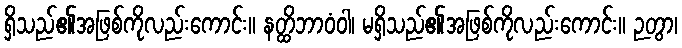
ရှိသည်၏အဖြစ်ကိုလည်းကောင်း။ နတ္ထိဘာဝံဝါ၊ မရှိသည်၏အဖြစ်ကိုလည်းကောင်း။ ဉတွာ၊